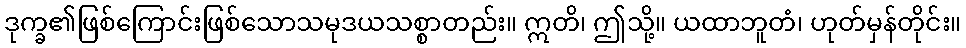
ဒုက္ခ၏ဖြစ်ကြောင်းဖြစ်သောသမုဒယသစ္စာတည်း။ ဣတိ၊ ဤသို့။ ယထာဘူတံ၊ ဟုတ်မှန်တိုင်း။